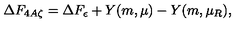
\Delta F _ { 4 A \zeta } = \Delta F _ { \epsilon } + Y ( m , \mu ) - Y ( m , \mu _ { R } ) ,